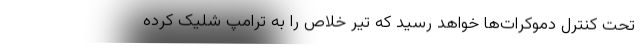
تحت کنترل دموکرات‌ها خواهد رسید که تیر خلاص را به ترامپ شلیک کرده